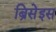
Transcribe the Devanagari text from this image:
ब्रिसेइस